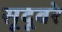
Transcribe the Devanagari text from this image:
सूदूबरे